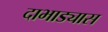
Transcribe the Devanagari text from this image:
दाभाड्यास